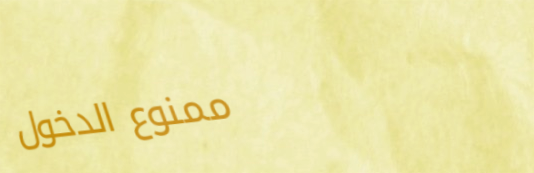
ممنوع الدخول